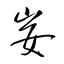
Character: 妛